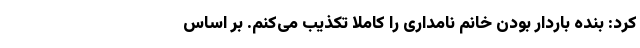
کرد: بنده باردار بودن خانم نامداری را کاملاً تکذیب می‌کنم. بر اساس